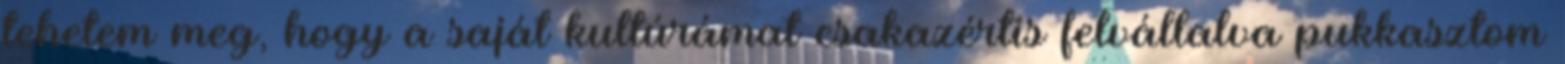
tehetem meg, hogy a saját kultúrámat csakazértis felvállalva pukkasztom